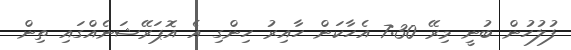
ފުލުހުން ބުނީ މިރޭ 7:30 އެހާކަން ހާއިރު ހިންގި އެ އޮޕަރޭޝަނެއްގައި ތިން